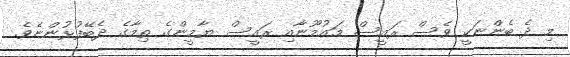
މި ދެ ބެންނަކީ ވެސް ރައީސް މައުމޫނާއި ރައީސް ޔާމީންގެ ތިމާގެ ދެބޭފުޅުންނެވެ.